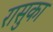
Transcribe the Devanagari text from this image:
रासुका